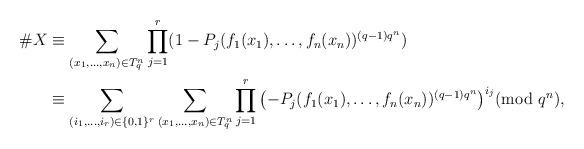
LaTeX: \begin{align*}\# X &\equiv \sum_{(x_1,\dots,x_n) \in T_q^n} \prod_{j=1}^r (1-P_j(f_1(x_1),\dots,f_n(x_n))^{(q-1)q^n})\\&\equiv \sum_{(i_1,\dots,i_r) \in \{0,1\}^r} \sum_{(x_1,\dots,x_n) \in T_q^n} \prod_{j=1}^r \left(-P_j(f_1(x_1),\dots,f_n(x_n))^{(q-1)q^n} \right)^{i_j} \!\!\!\!\!\!\!\pmod{q^n},\end{align*}